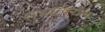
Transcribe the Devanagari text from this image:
सुभ्यांवरील